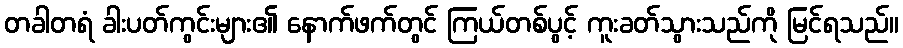
တခါတရံ ခါးပတ်ကွင်းများ၏ နောက်ဖက်တွင် ကြယ်တစ်ပွင့် ကူးခတ်သွားသည်ကို မြင်ရသည်။